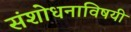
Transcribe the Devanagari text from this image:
संशोधनाविषयी